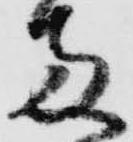
両